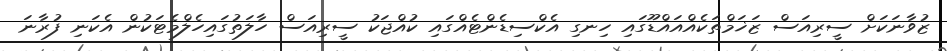
ޒުވާނަކަށް ސީރިއަސް ޒަޚަމްތަކެއްއައްޑޫގައި ހިނގި އެކްސިޑެންޓެއްގައި ކުއްޖަކު ސީރިއަސް ހާލަތުގައިހެލްމެޓަކުން އެކަނި ފުރާނަ